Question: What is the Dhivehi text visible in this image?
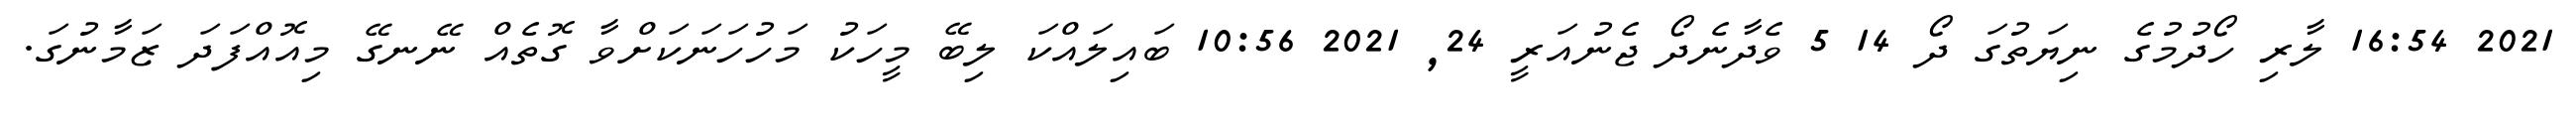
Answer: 2021 16:54 ލާރި ހޯދުމުގެ ނިޔަތުގަ ދޯ 14 5 ވެދާނެދޯ ޖެނުއަރީ 24, 2021 10:56 ބައިލައްކަ ލިބޭ މީހަކު މަހުހަނަކަށްވާ ގޮތެއް ނޭނގޭ މިއޮއްފަދަ ޒަމާނުގަ.